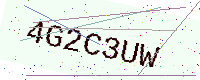
Text: 4G2C3UW